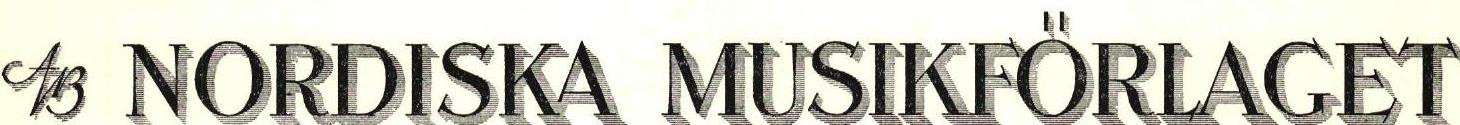
 AB NORDISKA MUSIKFÖRLAGET